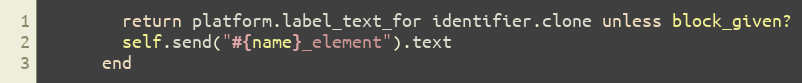
Language: Ruby
        return platform.label_text_for identifier.clone unless block_given?
        self.send("#{name}_element").text
      end